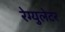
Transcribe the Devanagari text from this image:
रेग्‍युलेटर